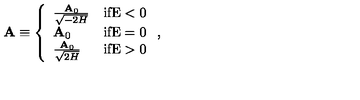
{ \bf A } \equiv \left\{ \begin{array} { l r } { \frac { { \bf A } _ { 0 } } { \sqrt { - 2 H } } } & { \mathrm { i f E < 0 } } \\ { { \bf A } _ { 0 } } & { \mathrm { i f E = 0 } } \\ { \frac { { \bf A } _ { 0 } } { \sqrt { 2 H } } } & { \mathrm { i f E > 0 } } \\ \end{array} \right. ,